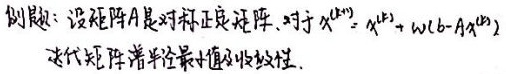
例题：设矩阵\(A\)是对称正定矩阵，对于迭代公式
\[x^{(k + 1)}=x^{(k)}+\omega(b - Ax^{(k)})\]
求迭代矩阵谱半径最小值及收敛性。